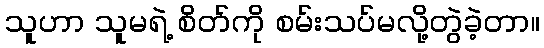
သူဟာ သူမရဲ့ စိတ်ကို စမ်းသပ်မလို့တွဲခဲ့တာ။